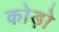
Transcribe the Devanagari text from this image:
कोड़ो